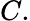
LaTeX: C.